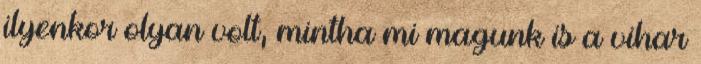
ilyenkor olyan volt, mintha mi magunk is a vihar